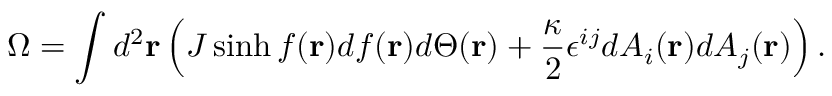
\Omega = \int d ^ { 2 } { \bf r } \left( J \sinh f ( { \bf r } ) d f ( { \bf r } ) d \Theta ( { \bf r } ) + \frac { \kappa } { 2 } \epsilon ^ { i j } d A _ { i } ( { \bf r } ) d A _ { j } ( { \bf r } ) \right) .